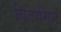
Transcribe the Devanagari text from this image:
बिटामिन